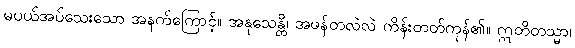
မပယ်အပ်သေးသော အနက်ကြောင့်။ အနုသေန္တိ၊ အဖန်တလဲလဲ ကိန်းတတ်ကုန်၏။ ဣတိတသ္မာ၊